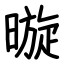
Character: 暶